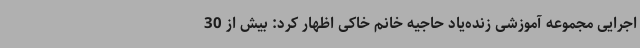
اجرایی مجموعه آموزشی زنده‌یاد حاجیه خانم خاکی اظهار کرد: بیش از 30